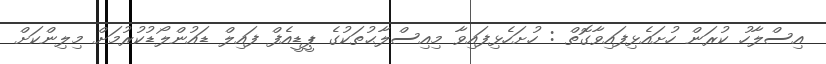
އިސްލާހު ކުރަން ހުށައެޅިފައިވާގޮތް : ހުށަހެޅިފައިވާ މިއިސްލާޙުތަކުގެ ޕީޑީއެފް ފައިލް ޑައުންލޯޑުކުރުމަށް މިލިންކަށް